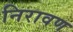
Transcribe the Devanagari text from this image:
निरावण